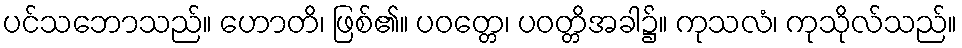
ပင်သဘောသည်။ ဟောတိ၊ ဖြစ်၏။ ပဝတ္တေ၊ ပဝတ္တိအခါ၌။ ကုသလံ၊ ကုသိုလ်သည်။